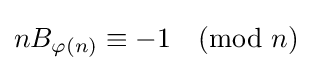
nB_{\varphi (n)}\equiv -1{\pmod {n}}